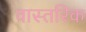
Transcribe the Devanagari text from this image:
वास्तरिक